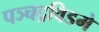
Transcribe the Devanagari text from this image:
पञ्चद्रविडमे